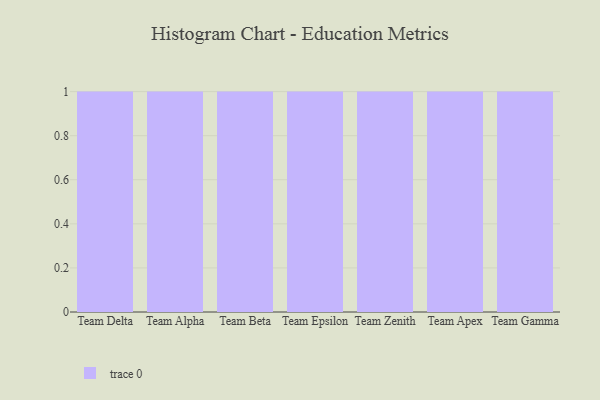
{"axis": {"x": "Team", "y": "Population (Million)"}, "legend": [""], "data": [{"x": "Team Delta", "y": 69, "type": ""}, {"x": "Team Alpha", "y": 23, "type": ""}, {"x": "Team Beta", "y": 5, "type": ""}, {"x": "Team Epsilon", "y": 46, "type": ""}, {"x": "Team Zenith", "y": 38, "type": ""}, {"x": "Team Apex", "y": 9, "type": ""}, {"x": "Team Gamma", "y": 43, "type": ""}]}